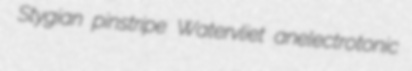
Stygian pinstripe Watervliet anelectrotonic